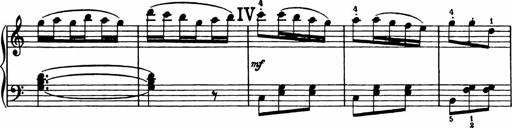
Title: Analytical Sonatinas
Composer: Frank Lynes